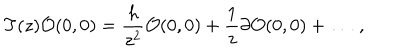
T ( z ) { \cal O } ( 0 , 0 ) = \frac { h } { z ^ { 2 } } { \cal O } ( 0 , 0 ) + \frac { 1 } { z } \partial { \cal O } ( 0 , 0 ) + \ldots \ ,